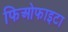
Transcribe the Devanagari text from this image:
फिओफाइटा